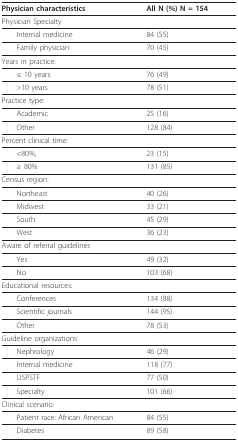
| Physician characteristics | All N (%) N = 154 |
 | --- | --- |
 | Physician Specialty |  |
 | Internal medicine | 84 (55) |
 | Family physician | 70 (45) |
 | Years in practice: |  |
 | ≤ 10 years | 76 (49) |
 | >10 years | 78 (51) |
 | Practice type: |  |
 | Academic | 25 (16) |
 | Other | 128 (84) |
 | Percent clinical time: |  |
 | <80%, | 23 (15) |
 | ≥ 80% | 131 (85) |
 | Census region: |  |
 | Northeast | 40 (26) |
 | Midwest | 33 (21) |
 | South | 45 (29) |
 | West | 36 (23) |
 | Aware of referral guidelines |  |
 | Yes | 49 (32) |
 | No | 103 (68) |
 | Educational resources: |  |
 | Conferences | 134 (88) |
 | Scientific journals | 144 (95) |
 | Other | 78 (53) |
 | Guideline organizations: |  |
 | Nephrology | 46 (29) |
 | Internal medicine | 118 (77) |
 | USPSTF | 77 (50) |
 | Specialty | 101 (66) |
 | Clinical scenario: |  |
 | Patient race: African American | 84 (55) |
 | Diabetes | 89 (58) |